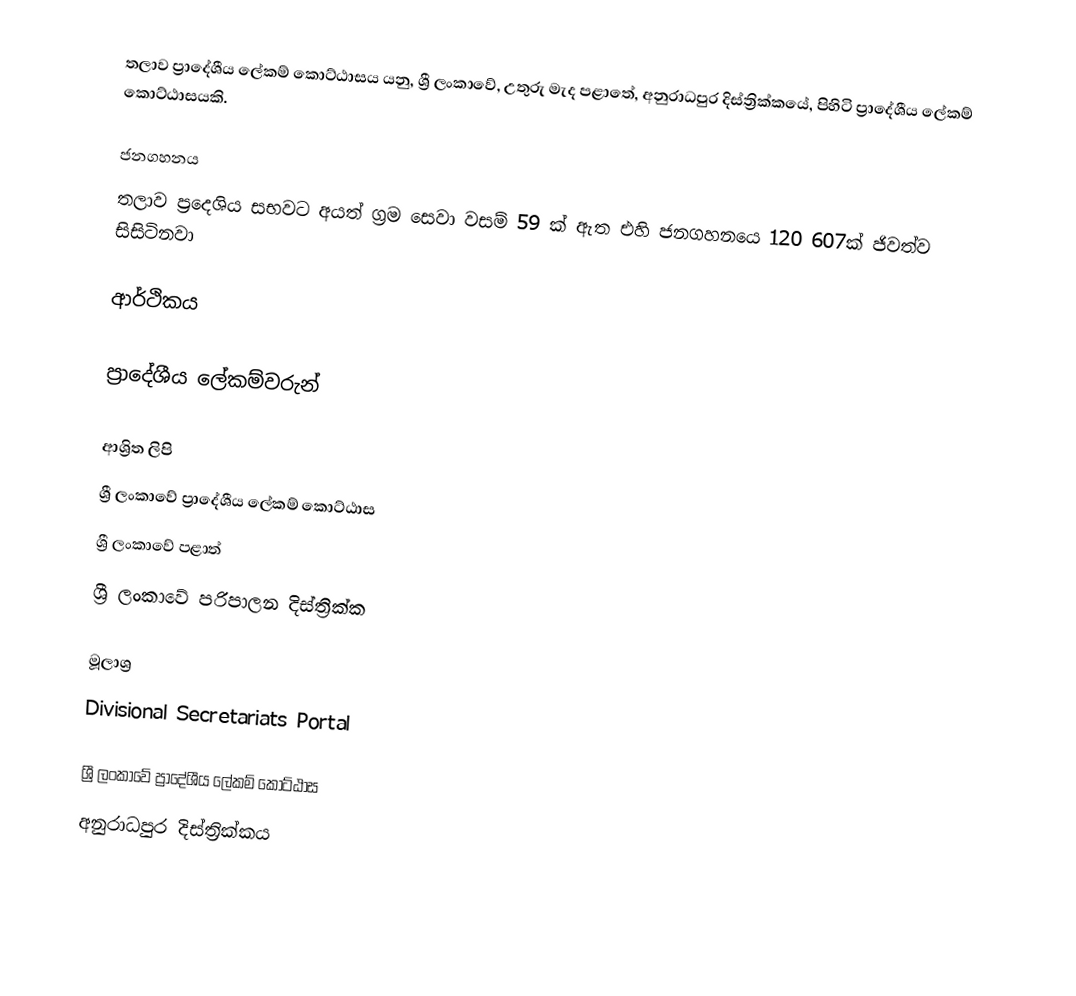
තලාව ප්‍රාදේශීය ලේකම් කොට්ඨාසය යනු,  ශ්‍රී ලංකාවේ,  උතුරු මැද පළාතේ,   අනුරාධපුර දිස්ත්‍රික්කයේ, පිහිටි ප්‍රාදේශීය ලේකම් කොට්ඨාසයකි.

ජනගහනය
තලාව ප්‍රදෙශිය සභවට අයත් ග්‍රම සෙවා වසම් 59 ක් ඇත එහි ජනගහනයෙ 120 607ක් ජිවත්ව සිසිටිනවා

ආර්ථිකය

ප්‍රාදේශීය ලේකම්වරුන්

ආශ්‍රිත ලිපි
ශ්‍රී ලංකාවේ ප්‍රාදේශීය ලේකම් කොට්ඨාස
ශ්‍රී ලංකාවේ පළාත්
ශ්‍රී ලංකාවේ පරිපාලන දිස්ත්‍රික්ක

මූලාශ්‍ර
 Divisional Secretariats Portal

ශ්‍රී ලංකාවේ ප්‍රාදේශීය ලේකම් කොට්ඨාස
අනුරාධපුර දිස්ත්‍රික්කය